Punjab Mental Hospital Lahore 1932-46 - 1932-1946
Year: 1932
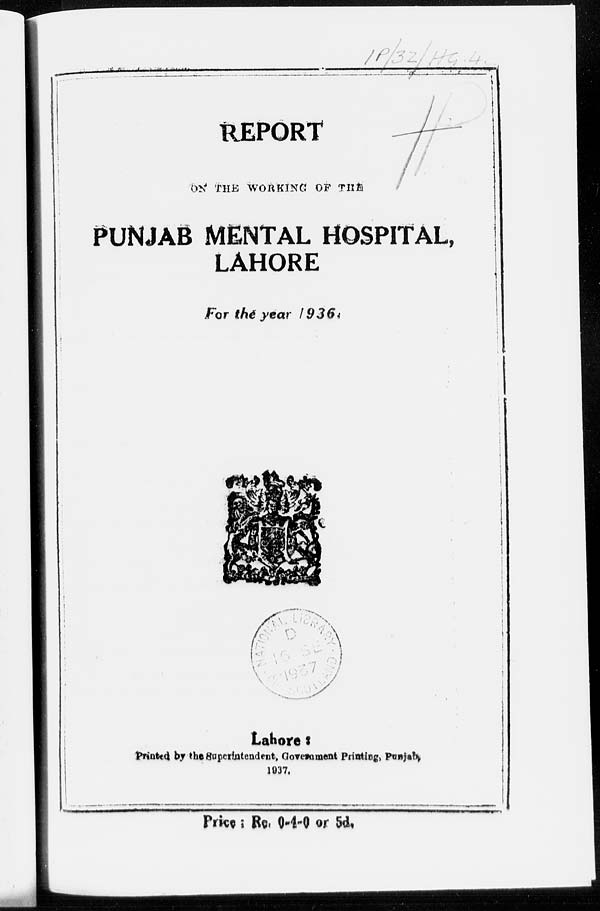
REPORT
ON THE WORKING OF THE
PUNJAB MENTAL HOSPITAL,
LAHORE
For the year 1936.
Lahore:
Printed by the Superintendent, Government Printing, Punjab,
1937.
Price; Rs. 0-4-0 or 5d.